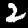
Digit: 2